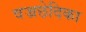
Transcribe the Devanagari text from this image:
वज्रछेदिका